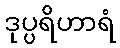
ဒုပ္ပရိဟာရံ